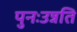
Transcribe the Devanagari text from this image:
पुनःउन्नति